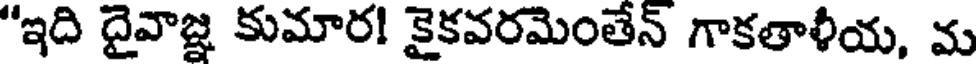
"ఇది దైవాజ్ఞ కుమార! కైకవరమెంతేన్ గాకతాళీయ, మ